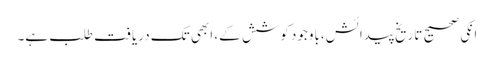
انکی صحیح تاریخ پیدائش،باوجود کوشش کے، ابھی تک دریافت طلب ہے۔